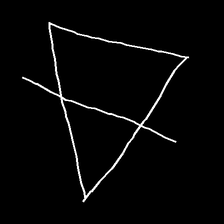
Glyph: empower